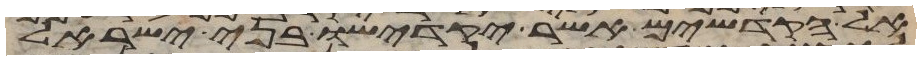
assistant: אל הקדשים אשר יקדישו בני ישראל